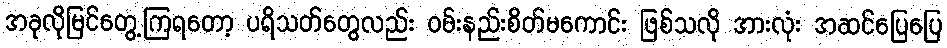
အခုလိုမြင်တွေ့ကြရတော့ ပရိသတ်တွေလည်း ဝမ်းနည်းစိတ်မကောင်း ဖြစ်သလို အားလုံး အဆင်ပြေပြေ